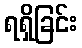
ရရှိခြင်း